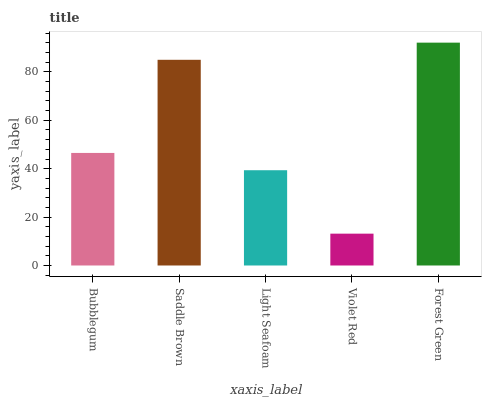
| xaxis_label | bars |
 | --- | --- |
 | Bubblegum | 46.5 |
 | Saddle Brown | 85 |
 | Light Seafoam | 39.4 |
 | Violet Red | 13.2 |
 | Forest Green | 92.1 |